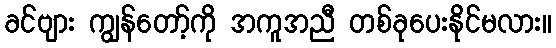
ခင်ဗျား ကျွန်တော့်ကို အကူအညီ တစ်ခုပေးနိုင်မလား။